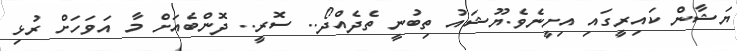
ޔަޝާން ކައިރީގައި އިށީނެވެ.ޔޫޝައު ތިބުނީ ތެދެއްދޯ.. ސޮރީ.. ދޮންބެއަށް މާ އަވަހަށް ރުޅި